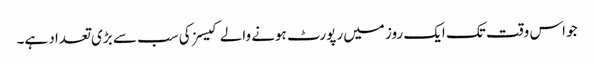
جو اس وقت تک ایک روز میں رپورٹ ہونے والے کیسز کی سب سے بڑی تعداد ہے۔